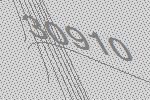
30910